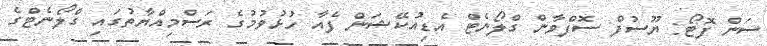
ސަން ފޮޓޯ: ޔޫސުފް ސޮފްވާން ގްލޯނެޓް އެޑިއުކޭޝަން ފެއާ ހުޅުވުމުގެ ރަސްމިއްޔާތުގައި ގްލޯނެޓްގެ